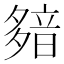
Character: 𩐞